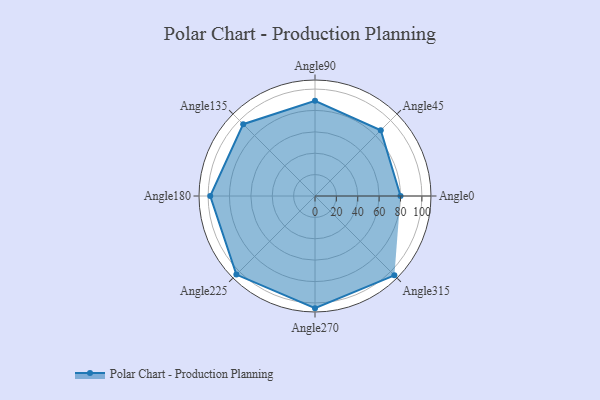
{"axis": {"x": "Angle", "y": "Radius"}, "legend": [""], "data": [{"x": "Angle0", "y": 80.0, "type": ""}, {"x": "Angle45", "y": 87.0, "type": ""}, {"x": "Angle90", "y": 89.0, "type": ""}, {"x": "Angle135", "y": 95.0, "type": ""}, {"x": "Angle180", "y": 98.0, "type": ""}, {"x": "Angle225", "y": 104.0, "type": ""}, {"x": "Angle270", "y": 105.0, "type": ""}, {"x": "Angle315", "y": 105.0, "type": ""}]}